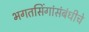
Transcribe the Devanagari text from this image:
भगतसिंगांसंबंधीचे